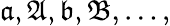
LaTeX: {\mathfrak{a,A,b,B}},\ldots,